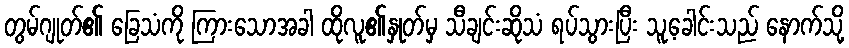
တွမ်ဂျုတ်၏ ခြေသံကို ကြားသောအခါ ထိုလူ၏နှုတ်မှ သီချင်းဆိုသံ ရပ်သွားပြီး သူ့ခေါင်းသည် နောက်သို့